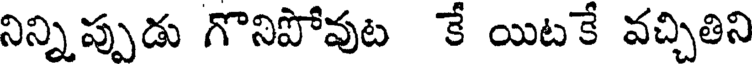
నిన్నిప్పుడు గొనిపోవుట కే యిటకే వచ్చితిని